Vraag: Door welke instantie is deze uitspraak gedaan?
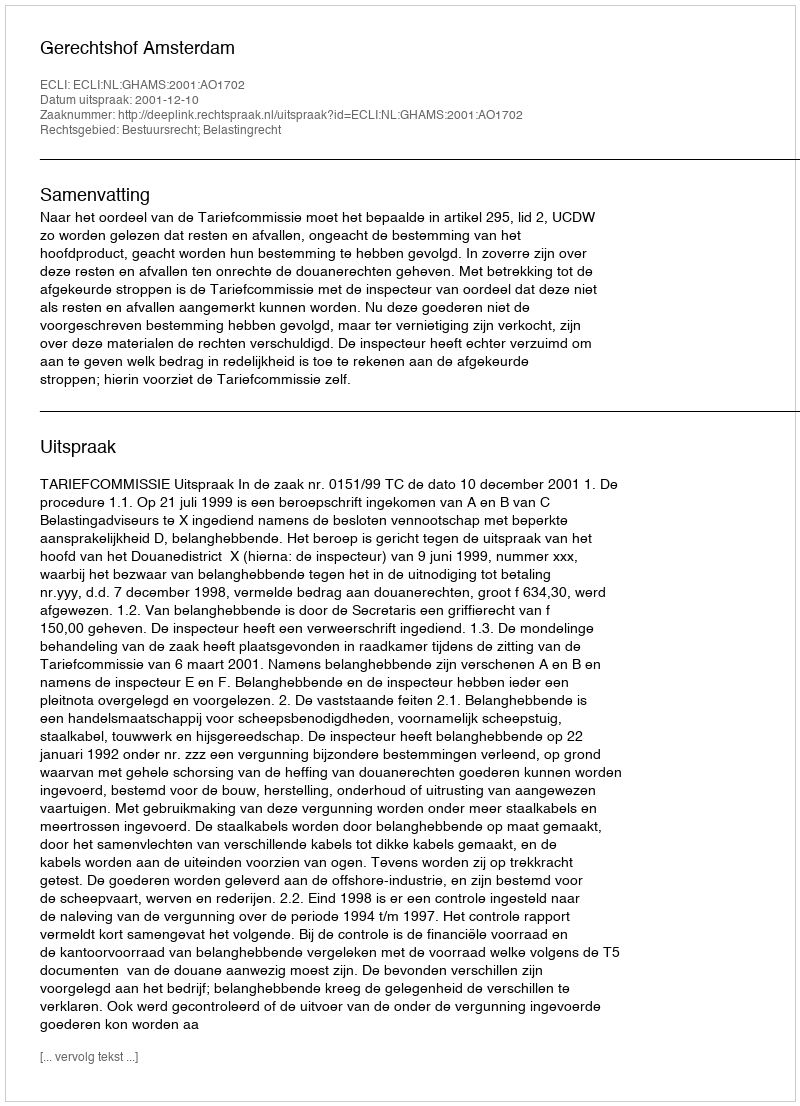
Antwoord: Gerechtshof Amsterdam